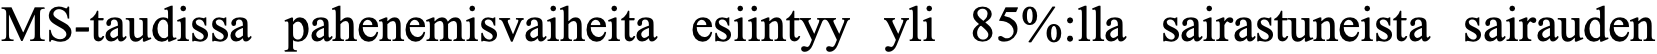
MS-taudissa pahenemisvaiheita esiintyy yli 85%:lla sairastuneista sairauden